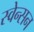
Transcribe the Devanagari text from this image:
स्वेन्सन